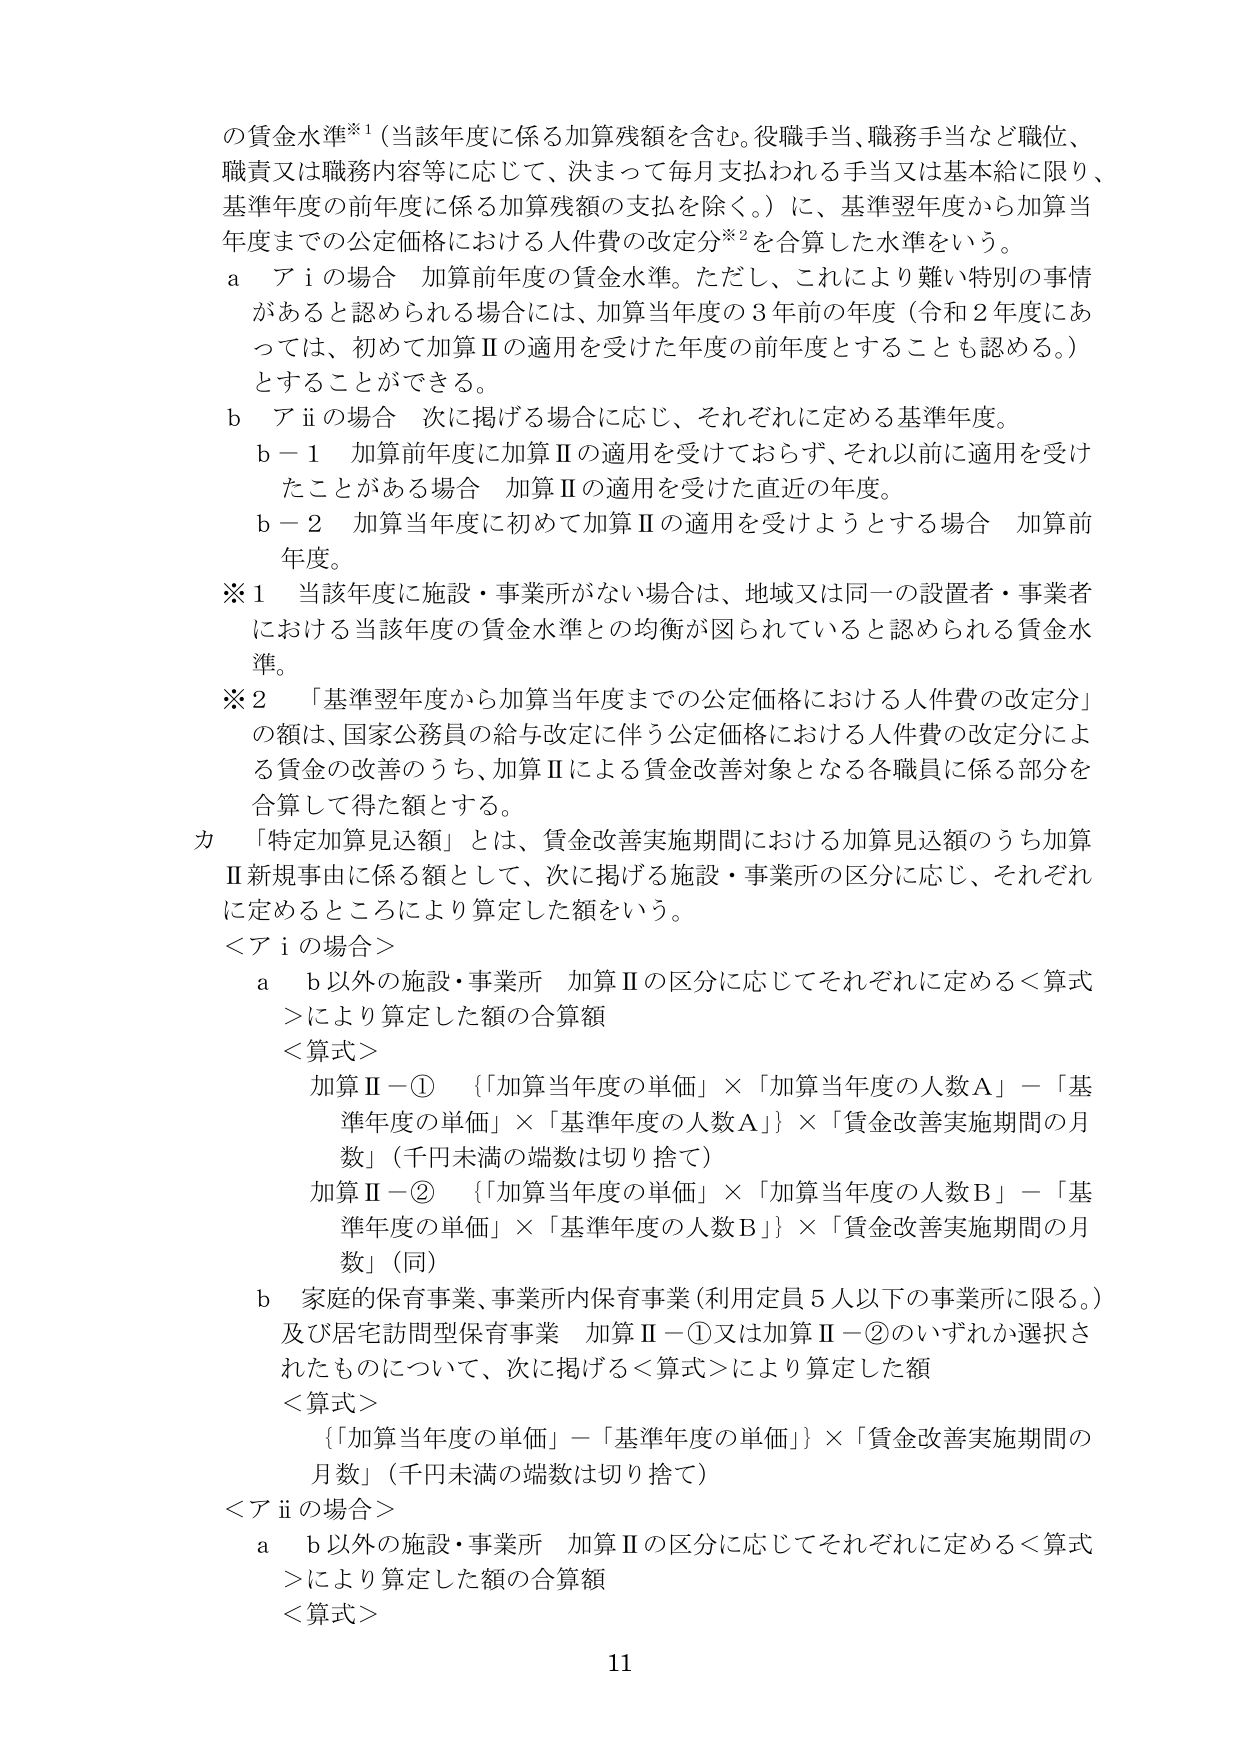
の賃金水準※¹（当該年度に係る加算残額を含む。役職手当、職務手当など職位、職責又は職務内容等に応じて、決まって毎月支払われる手当又は基本給に限り、基準年度の前年度に係る加算残額の支払を除く。）に、基準翌年度から加算当年度までの公定価格における人件費の改定分※²を合算した水準をいう。

ａ　アⅰの場合　加算前年度の賃金水準。ただし、これにより難い特別の事情があると認められる場合には、加算当年度の３年前の年度（令和２年度にあっては、初めて加算Ⅱの適用を受けた年度の前年度とすることも認める。）とすることができる。

ｂ　アⅱの場合　次に掲げる場合に応じ、それぞれに定める基準年度。

　ｂ－１　加算前年度に加算Ⅱの適用を受けておらず、それ以前に適用を受けたことがある場合　加算Ⅱの適用を受けた直近の年度。

　ｂ－２　加算当年度に初めて加算Ⅱの適用を受けようとする場合　加算前年度。

※１　当該年度に施設・事業所がない場合は、地域又は同一の設置者・事業者における当該年度の賃金水準との均衡が図られていると認められる賃金水準。

※２　「基準翌年度から加算当年度までの公定価格における人件費の改定分」の額は、国家公務員の給与改定に伴う公定価格における人件費の改定分による賃金の改善のうち、加算Ⅱによる賃金改善対象となる各職員に係る部分を合算して得た額とする。

カ　「特定加算見込額」とは、賃金改善実施期間における加算見込額のうち加算Ⅱ新規事由に係る額として、次に掲げる施設・事業所の区分に応じ、それぞれに定めるところにより算定した額をいう。

＜アⅰの場合＞

　ａ　ｂ以外の施設・事業所　加算Ⅱの区分に応じてそれぞれに定める＜算式＞により算定した額の合算額

　＜算式＞

　　加算Ⅱ－①　｛「加算当年度の単価」×「加算当年度の人数Ａ」－「基準年度の単価」×「基準年度の人数Ａ」｝×「賃金改善実施期間の月数」（千円未満の端数は切り捨て）

　　加算Ⅱ－②　｛「加算当年度の単価」×「加算当年度の人数Ｂ」－「基準年度の単価」×「基準年度の人数Ｂ」｝×「賃金改善実施期間の月数」（同）

　ｂ　家庭的保育事業、事業所内保育事業（利用定員５人以下の事業所に限る。）及び居宅訪問型保育事業　加算Ⅱ－①又は加算Ⅱ－②のいずれか選択されたものについて、次に掲げる＜算式＞により算定した額

　＜算式＞

　　｛「加算当年度の単価」－「基準年度の単価」｝×「賃金改善実施期間の月数」（千円未満の端数は切り捨て）

＜アⅱの場合＞

　ａ　ｂ以外の施設・事業所　加算Ⅱの区分に応じてそれぞれに定める＜算式＞により算定した額の合算額

　＜算式＞

11